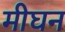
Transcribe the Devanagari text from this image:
मीघन